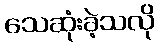
သေဆုံးခဲ့သလို